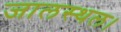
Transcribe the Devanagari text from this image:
जालस्थल।